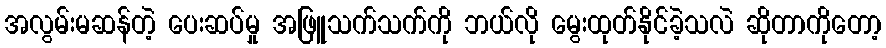
အလွမ်းမဆန်တဲ့ ပေးဆပ်မှု အဖြူသက်သက်ကို ဘယ်လို မွေးထုတ်နိုင်ခဲ့သလဲ ဆိုတာကိုတော့